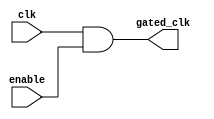
module clock_gating_cell(
    input wire clk,       // Global clock input
    input wire enable,    // Enable signal
    output wire gated_clk // Gated clock output
);

    // Clock gating logic: AND the clock with the enable signal
    assign gated_clk = clk & enable;

endmodule